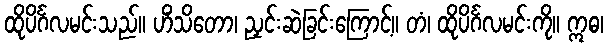
ထိုပိင်္ဂလမင်းသည်။ ဟိံသိတော၊ ညှင်းဆဲခြင်းကြောင့်။ တံ၊ ထိုပိင်္ဂလမင်းကို။ ဣဓ၊